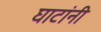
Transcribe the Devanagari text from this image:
घाटांनी